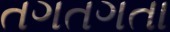
તગતગતા